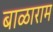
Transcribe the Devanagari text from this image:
बाळाराम